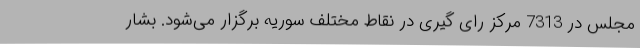
مجلس در 7313 مرکز رای گیری در نقاط مختلف سوریه برگزار می‌شود. بشار